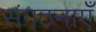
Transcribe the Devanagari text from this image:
संगठनाएँ